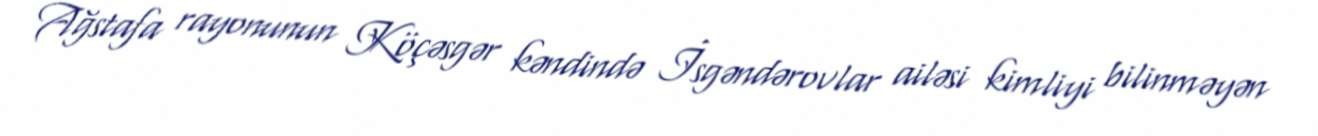
Ağstafa rayonunun Köçəsgər kəndində İsgəndərovlar ailəsi kimliyi bilinməyən